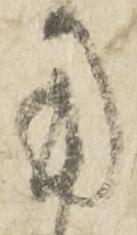
用